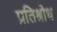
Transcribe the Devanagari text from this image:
प्रतिश्रोध